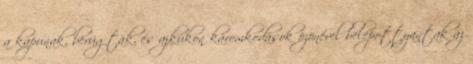
a kapunak, berúgták, és ajkukon káromkodások özönével belepottyantak az